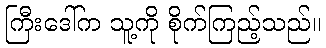
ကြီးဒေါ်က သူ့ကို စိုက်ကြည့်သည်။